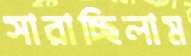
সারাচ্ছিলাম